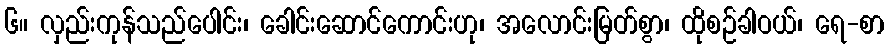
၆။ လှည်းကုန်သည်ပေါင်း၊ ခေါင်းဆောင်ကောင်းဟု၊ အလောင်းမြတ်စွာ၊ ထိုစဉ်ခါဝယ်၊ ရေ-စာ